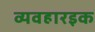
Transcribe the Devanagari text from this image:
व्यवहारइक